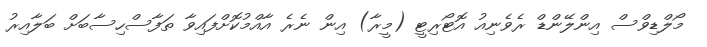
މޯލްޑިވްސް އިންލޭންޑް ރެވެނިއު އޮޓޯރިޓީ (މީރާ) އިން ނެރެ އާއްމުކޮށްފައިވާ ތަފާސްހިސާބަށް ބަލާއިރު